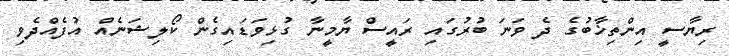
ރިޔާސީ އިންތިޚާބުގެ ދެ ވަނަ ބުރުގައި ރައީސް ޔާމީނާ ގުޅިވަޑައިގެން ކޯލިޝަނެއް އުފެއްދެވި